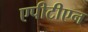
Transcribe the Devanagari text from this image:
एपीटीएन